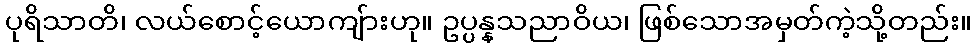
ပုရိသာတိ၊ လယ်စောင့်ယောကျ်ားဟု။ ဥပ္ပန္နသညာဝိယ၊ ဖြစ်သောအမှတ်ကဲ့သို့တည်း။